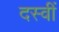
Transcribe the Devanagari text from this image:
दस्वीं